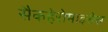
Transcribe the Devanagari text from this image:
सैकहेरोमाइसेस